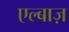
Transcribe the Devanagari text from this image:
एल्बाज़